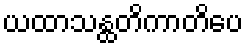
ယထာသန္ထတိကာတိပေ